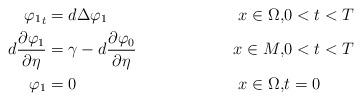
LaTeX: \begin{align*}{\varphi_1}_t&= d\Delta \varphi_1& x\in \Omega,&0<t<T\\ d\frac{\partial \varphi_1}{\partial \eta}&=\gamma - d\frac{\partial\varphi_0}{\partial\eta}& x\in M,&0<t< T\\ \varphi_1&=0& x\in\Omega ,&t=0\end{align*}